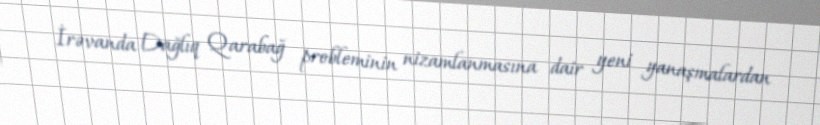
İrəvanda Dağlıq Qarabağ probleminin nizamlanmasına dair yeni yanaşmalardan